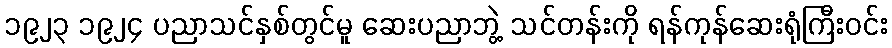
၁၉၂၃ ၁၉၂၄ ပညာသင်နှစ်တွင်မူ ဆေးပညာဘွဲ့ သင်တန်းကို ရန်ကုန်ဆေးရုံကြီးဝင်း